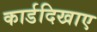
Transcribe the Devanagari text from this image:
कार्डदिखाए